Annual report on the working of the mental hospitals in the Madras Presidency - 1912-1932
Year: 1912
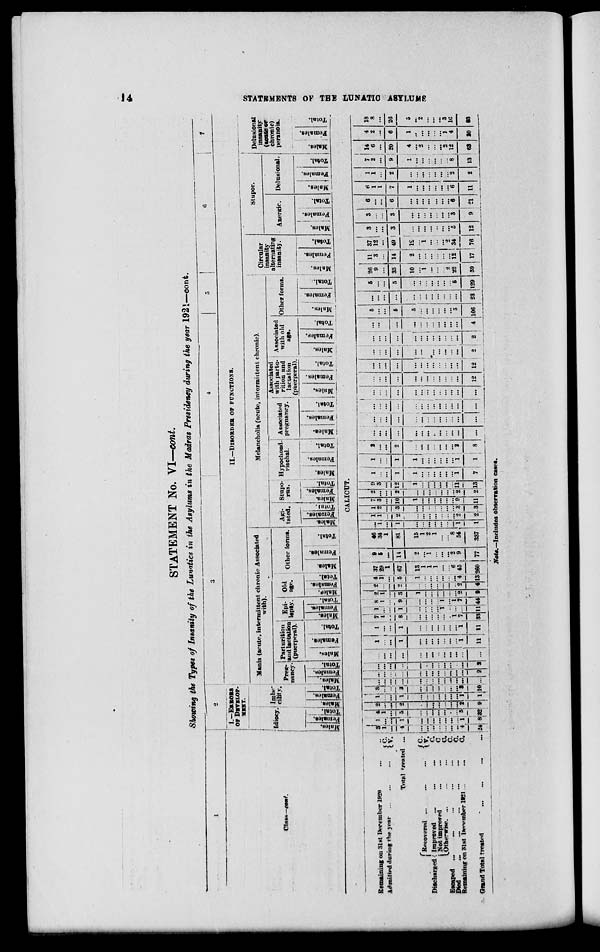
14
STATEMENTS
OF THE LUNATIC ASYLUMS
STATEMENT No. VI—cont.
Showing the Types of Insanity of the Lunatics in the Asylums in the Madras Presidency during the year 1921—cont.
1
Class—cont.
2
I.—ERRORS
OF DEVELOP-
MENT.
Idiocy.
Males.
Females.
Total.
Imbe-
cility.
Males.
Females.
Total.
3
4
5
6
7
II.—DISORDER OF FUNCTIONS.
Mania (acute, intermittent chronic Associated
with).
Preg-
nancy.
Males.
Females.
Total.
Parturition
and lactation
(puerperal).
Males.
Females.
Total.
Epi-
lepsy.
Males.
Females.
Total.
Old
age.
Males.
Females.
Total.
Other forms.
Males.
Females.
Total.
Melancholia (acute, intermittent chronic).
Agi-
tated.
Males.
Females.
Total.
Stupo-
rus.
Males.
Females.
Total.
Hypochond-
riachal.
Males.
Females.
Total.
Associated
pregnancy.
Males.
Females.
Total.
Associated
with partu-
rition and
lactation
(puerperal).
Males.
Females.
Total.
Associated
with old
age.
Males.
Females.
Total.
Other forms.
Males.
Females.
Total.
Circular
insanity
alternating
insanity.
Males.
Females.
Total.
Stupor.
Anergic.
Males.
Females.
Total.
Delusional.
Males.
Females.
Total.
Delusional
insanity
(acute or
chronic)
peranoia.
Males.
Females.
Total.
CALICUT.
Remaining on 31st December 1920 ...
Admitted during the year ... ... ...
C.
V.
Total treated ...
Discharged
Recovered ...
...
...
Improved
...
...
...
Not improved ... ...
Otherwise. ... ... ...
Escaped ...
... ... ... ...
Died ... ... ... ... ...
Remaining on 31st December 1921 ... ...
C.
V.
C.
C.
C.
C.
C.
C.
Grand Total treated
...
...
...
...
3
1
...
4
...
...
...
...
...
...
...
4
24
1
...
...
1
...
...
...
...
...
...
...
1
8
4
1
...
5
...
...
...
...
...
...
...
5
32
2
...
...
2
...
...
...
...
...
...
...
2
9
1
...
...
1
...
...
...
...
...
...
...
1
1
3 ...
...
3
...
...
...
...
...
...
...
3
10
...
...
...
...
...
...
...
...
...
...
...
...
...
...
...
...
...
...
...
...
...
...
...
...
...
2
...
...
...
...
...
...
...
...
...
...
...
...
2
...
...
...
...
...
...
...
...
...
...
...
...
...
1
...
...
1
...
...
...
...
...
...
...
1
11
1
...
...
1
...
...
...
...
...
...
...
1
11
7
1
...
8
...
...
...
...
...
...
1
7
33
1
...
...
1
...
...
...
...
1
...
...
...
11
8
1
...
9
...
...
...
...
1
...
1
7
44
2
1
...
3
1
...
...
...
...
...
...
2
9
2
...
...
2
...
...
...
...
...
...
...
2
4
4
1
...
5
1
...
...
...
...
...
....
4
13
37
29
1
67
13
1
1
1
...
...
6
45
260
9
5
...
14
2
...
1
...
...
...
2
9
77
46
34
1
81
15
1
2
1
...
...
8
54
337
...
1
...
1
...
...
...
...
...
...
...
1
1
1
1
...
2
...
...
...
...
...
...
...
2
2
1
2
...
3
...
...
...
...
...
...
...
3
3
7
3
...
10
1
...
...
...
...
...
...
8
11
2
...
...
2
...
...
...
...
...
...
...
2
2
9
3
...
12
1
...
...
...
...
...
...
11
13
1
...
...
1
1
...
...
...
...
...
...
1
7
1
...
...
1
1
...
...
...
...
...
...
1
1
2
...
...
2
...
...
...
...
...
...
...
2
8
...
...
...
...
...
...
...
...
...
...
...
...
...
...
...
...
...
...
...
...
...
...
...
...
...
...
...
...
...
...
...
...
...
...
...
...
...
...
...
...
...
...
...
...
... ...
...
...
...
...
...
...
...
...
...
...
...
...
...
...
...
...
...
...
12
...
...
...
...
...
...
...
...
...
...
...
...
12
...
...
...
...
...
...
...
...
...
...
...
...
2
...
...
...
...
...
...
...
...
...
...
...
...
2
...
...
...
...
...
...
...
...
...
...
...
...
4
5
...
...
5
5
...
...
...
...
...
...
5
106
...
...
...
...
...
...
...
...
...
...
...
...
23
5
...
...
5
...
...
...
...
...
...
...
5
129
26
9
...
35
10
...
1
...
...
...
2
22
59
11
3
...
14
2
...
...
...
...
...
...
12
17
37
12
...
49
12
...
1
...
...
...
2
34
76
3
...
...
3
...
...
...
...
...
...
...
3
12
3
...
...
3
...
...
...
...
...
...
...
3
9
6
...
...
6
...
...
...
...
...
...
...
6
21
6
1
1
7
1
...
...
...
...
...
...
6
11
1
1
...
2
...
...
...
...
...
...
...
2
2
7
2
...
9
1
...
...
...
...
...
...
8
13
14
6
...
20
4
...
2
...
...
...
2
12
63
4
2
...
6
1
...
...
...
...
...
1
4
20
18
8
...
26
5
...
2
...
...
...
3
16
83
Note.—Includes observation cases.